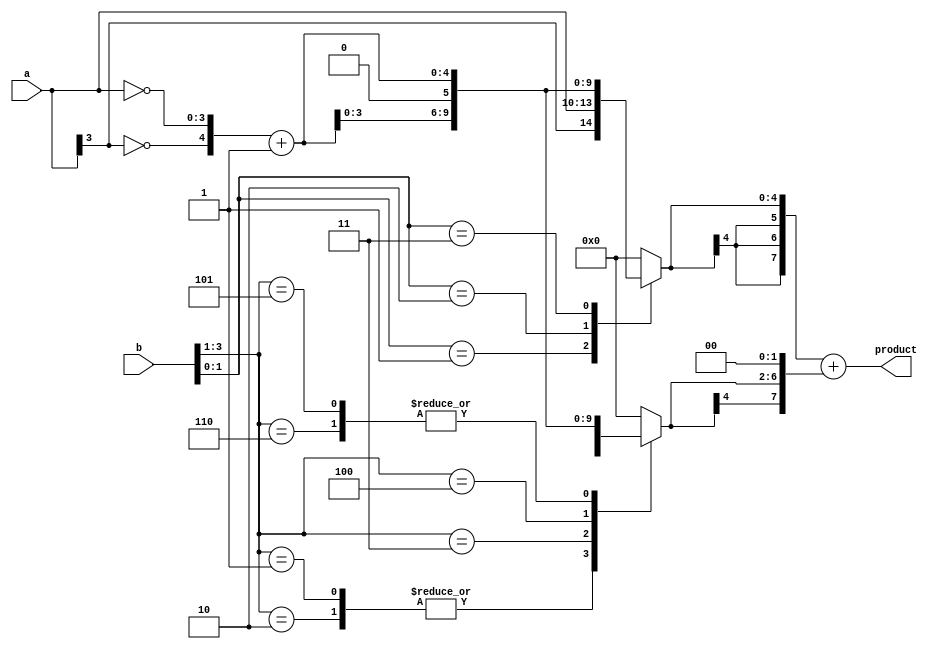
`timescale 1ns / 1ps

module boothmultiplier(product, a, b);

input [3:0] a, b;
output [7:0] product;

reg [2:0] cc[1:0];
reg [4:0] pp[1:0];
reg [7:0] spp[1:0];
reg [7:0] prod;
wire [4:0] inv_a;
integer i, j;


assign inv_a = {~a[3], ~a}+1;
always @(a or b or inv_a)

begin
	cc[0] = {b[1], b[0], 1'b0};

	for (i = 1; i < 2; i = i + 1)
		cc[i] = {b[2*i+1], b[2*i], b[2*i-1]};

	for (i = 0; i < 2; i = i + 1)

	begin
		case(cc[i])
			3'b001 , 3'b010 : pp[i] = {a[3], a};
			3'b011 : pp[i] = {a, 1'b0};
			3'b100 : pp[i] = {inv_a[3:0], 1'b0};
			3'b101 , 3'b110 : pp[i] = inv_a;
			default: pp[i] = 0;
		endcase

		spp[i] = $signed(pp[i]);

		for(j = 0; j < i; j = j + 1)
			spp[i] = {spp[i], 2'b00};
	end

	prod = spp[0];

	for(i = 1; i < 2; i = i + 1)
		prod = prod + spp[i];
	end

	assign product = prod;

endmodule